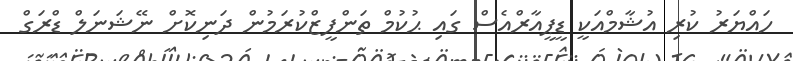
ހައްޔަރު ކުރި އުޝާމްއަކީ ޑީޕީއާރްއެސް ގައި ޙުކުމް ތަންފީޒްކުރަމުން ދަނިކޮށް ނޭޝަނަލް ޑްރަގް